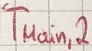
Text: TMain,2